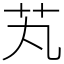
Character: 芄